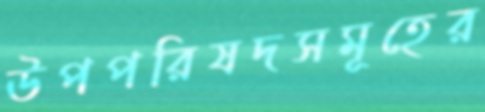
উপপরিষদসমূহের